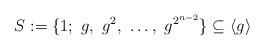
LaTeX: \begin{align*}S := \{ 1;\ g,\ g^2,\ \dots,\ g^{2^{n-2}} \} \subseteq \langle g \rangle\end{align*}